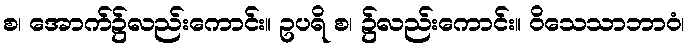
စ၊ အောက်၌လည်းကောင်း။ ဥပရိ စ၊ ၌လည်းကောင်း။ ဝိသေသာဘာဝံ၊